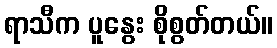
ရာသီက ပူနွေး စိုစွတ်တယ်။